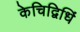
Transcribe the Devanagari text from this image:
केचिद्विधिं